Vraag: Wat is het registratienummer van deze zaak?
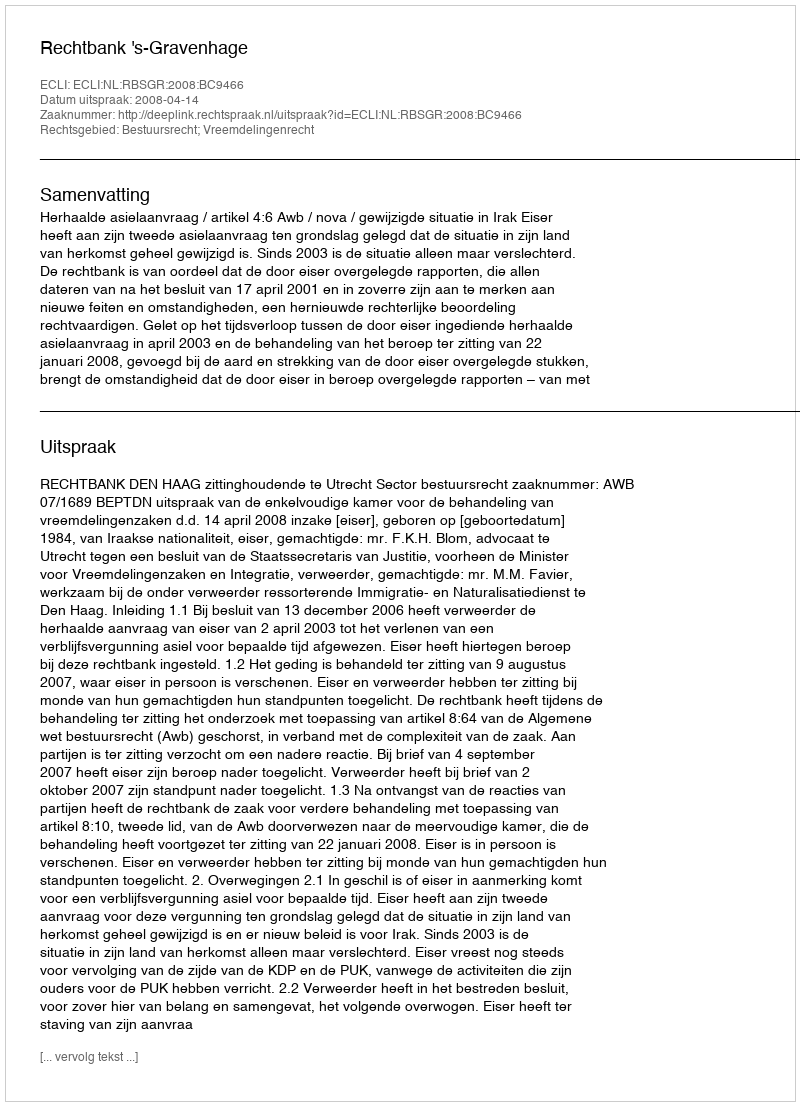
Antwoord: http://deeplink.rechtspraak.nl/uitspraak?id=ECLI:NL:RBSGR:2008:BC9466